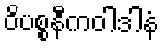
ဝိပစ္စနီကဝါဒါနံ